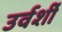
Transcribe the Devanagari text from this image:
उर्वर्शी